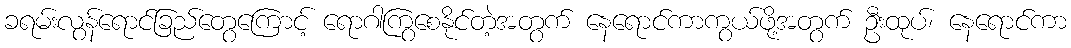
ခရမ်းလွန်ရောင်ခြည်တွေကြောင့် ရောဂါကြွစေနိုင်တဲ့အတွက် နေရောင်ကာကွယ်ဖို့အတွက် ဦးထုပ်၊ နေရောင်ကာ